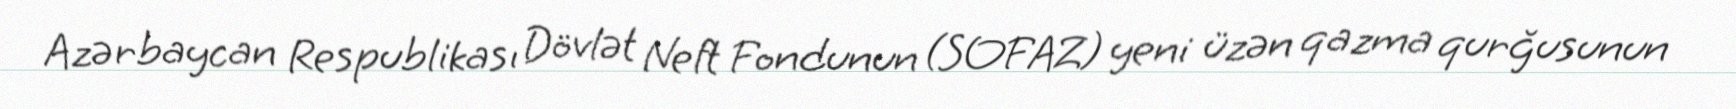
Azərbaycan Respublikası Dövlət Neft Fondunun (SOFAZ) yeni üzən qazma qurğusunun